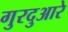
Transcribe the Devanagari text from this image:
गुरदुआरे